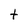
Character: t